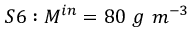
S 6 : M ^ { i n } = 8 0 \ g \ m ^ { - 3 }